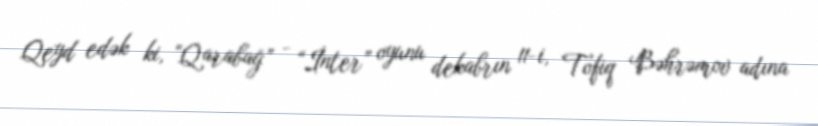
Qeyd edək ki, “Qarabağ” - “İnter” oyunu dekabrın 11-i, Tofiq Bəhrəmov adına